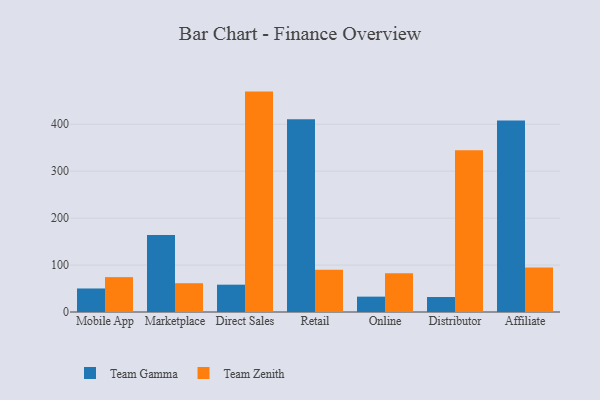
{"axis": {"x": "Channel", "y": "Inventory Turnover"}, "legend": ["Team Gamma", "Team Zenith"], "data": [{"x": "Mobile App", "y": 50.1, "type": "Team Gamma"}, {"x": "Mobile App", "y": 74.3, "type": "Team Zenith"}, {"x": "Marketplace", "y": 164.2, "type": "Team Gamma"}, {"x": "Marketplace", "y": 61.3, "type": "Team Zenith"}, {"x": "Direct Sales", "y": 58.2, "type": "Team Gamma"}, {"x": "Direct Sales", "y": 469.5, "type": "Team Zenith"}, {"x": "Retail", "y": 410.4, "type": "Team Gamma"}, {"x": "Retail", "y": 89.9, "type": "Team Zenith"}, {"x": "Online", "y": 32.7, "type": "Team Gamma"}, {"x": "Online", "y": 82.6, "type": "Team Zenith"}, {"x": "Distributor", "y": 31.9, "type": "Team Gamma"}, {"x": "Distributor", "y": 344.8, "type": "Team Zenith"}, {"x": "Affiliate", "y": 407.8, "type": "Team Gamma"}, {"x": "Affiliate", "y": 94.6, "type": "Team Zenith"}]}